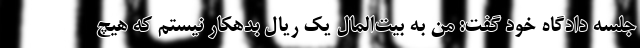
جلسه دادگاه خود گفت: من به بیت‌المال یک ریال بدهکار نیستم که هیچ